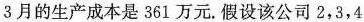
3月的生产成本是361万元。假设该公司2，3，4